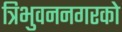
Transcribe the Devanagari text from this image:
त्रिभुवननगरको